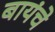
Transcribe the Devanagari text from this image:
बायंचे